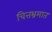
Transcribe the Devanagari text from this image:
चित्तभ्रमात